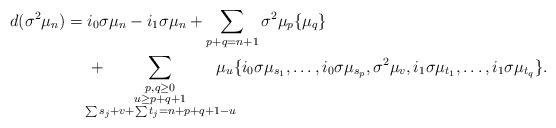
LaTeX: \begin{align*}d(\sigma^2\mu_n)={}&i_0\sigma\mu_n-i_1\sigma\mu_n+\sum_{p+q=n+1}\sigma^2\mu_p\{\mu_q\}\\&+\!\!\!\!\!\!\!\!\sum_{\substack{p,q\geq 0\\u\geq p+q+1\\\sum s_j+v+\sum t_j=n+p+q+1-u}}\!\!\!\!\!\!\!\!\mu_u\{i_0\sigma\mu_{s_1},\dots,i_0\sigma\mu_{s_p},\sigma^2\mu_v,i_1\sigma\mu_{t_1},\dots,i_1\sigma\mu_{t_q}\}.\end{align*}